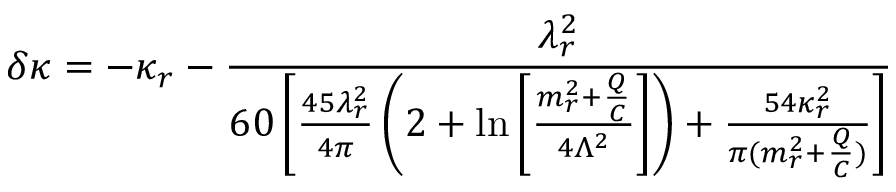
\delta \kappa = - \kappa _ { r } - \frac { \lambda _ { r } ^ { 2 } } { 6 0 \left[ \frac { 4 5 \lambda _ { r } ^ { 2 } } { 4 \pi } \left( 2 + \ln \left[ \frac { m _ { r } ^ { 2 } + \frac Q C } { 4 \Lambda ^ { 2 } } \right] \right) + \frac { 5 4 \kappa _ { r } ^ { 2 } } { \pi ( m _ { r } ^ { 2 } + \frac Q C ) } \right] }